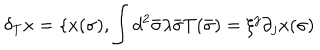
\delta _ { T } x = \{ x ( \sigma ) , \int { } d ^ { 2 } \bar { \sigma } \lambda \bar { \sigma } T ( \bar { \sigma } ) = \xi ^ { j } \partial _ { j } x ( \sigma )